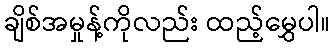
ချိစ်အမှုန့်ကိုလည်း ထည့်မွှေပါ။